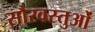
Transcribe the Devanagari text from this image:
सौरवस्तुओं